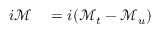
\begin{array} { r l } { i { \mathcal { M } } } & { { } = i ( { \mathcal { M } } _ { t } - { \mathcal { M } } _ { u } ) } \end{array}